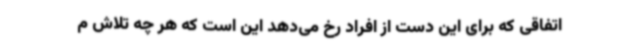
اتفاقی که برای این دست از افراد رخ می‌دهد این است که هر چه تلاش م